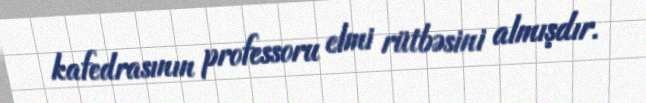
kafedrasının professoru elmi rütbəsini almışdır.